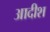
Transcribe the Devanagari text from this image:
आदीश